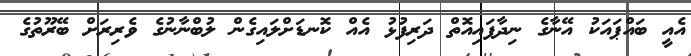
އެއީ ބައްޕައަކު އޭނާގެ ނިދާފައިއޮތް ދަރިފުޅު އެއް ކޮނޑަށްލައިގެން ލުބްނާނުގެ ވެރިރަށް ބޭރޫތުގެ